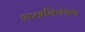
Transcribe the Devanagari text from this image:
शस्त्रनियंत्रण